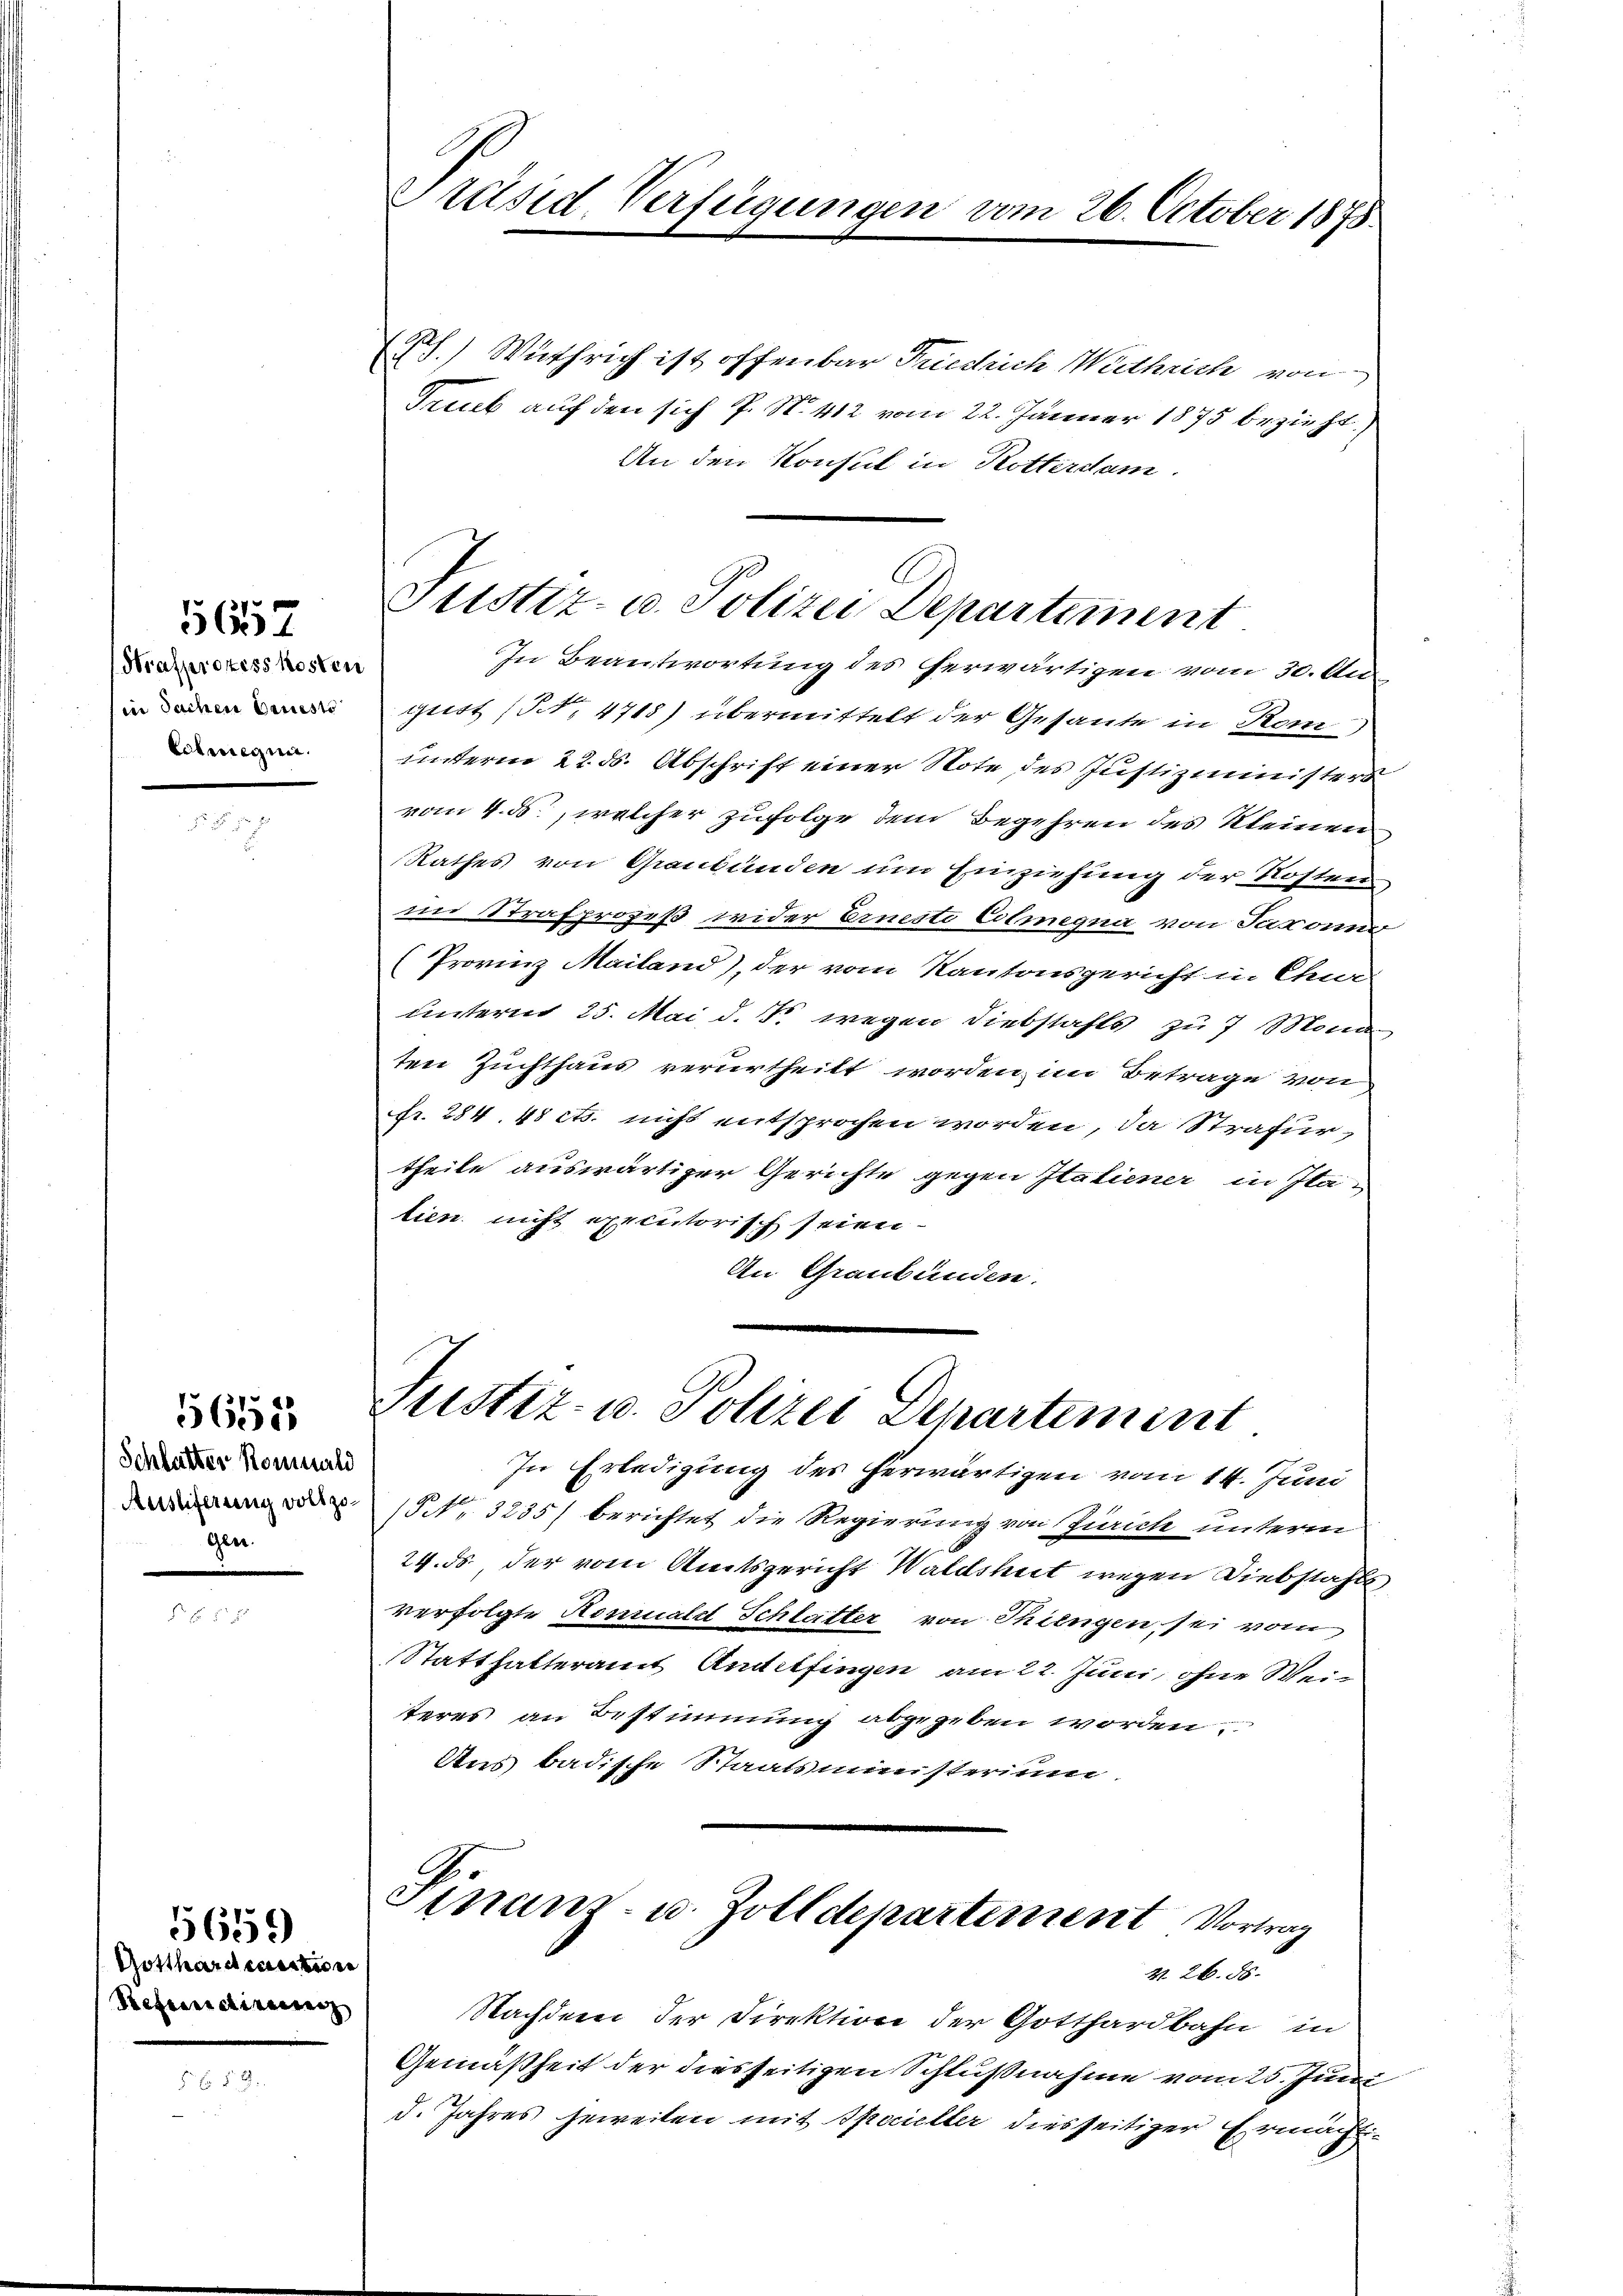
5657

Strafprozess kosten
(in Sachen Baueste
Ehmegen.

Schlutter Koniald
gen.

5651

Gotthard entwer
Refereichineinanz

5659

In Beantwortung des erwärtigen vom 30. Aug
gust (NNN. 471) übermittelt der Gesante in Kom
unterm 22. ds. Abschrift einer Note des Justizministers
vom 4. ds., welcher zufolge dem Begehren des Kleinen
Rathes von Graubünden um Einziehung der Kosten
nm Strafprozeß wider Erneste Colmegna von Taxonne
(Provinz Mailand), der vom Kantonsgericht in Chur
unterm 25. Mai d. 1 wegen Diebstahls zu 7 ona
ten Zuchthaus verurtheilt worden im Betrage von
Fr. 284. 48 cts. nicht entsprochen worden, da Strafurtheile auswärtiger Gerichte gegen Italiener in Itatien nicht executorisch seien.
An Graubünden.

Präsid Verfügungen vom 26. October 1875.

) Wuthrich ist offenbar Friedrich Wathrich von
Treub auf den sich P. No. 412 vom 22. Jänner 1875 bezieht.
An den Konsul in Rotterdam.

Justiz- u. Polizei Departement

Justiz- u. Polizei Departement
In Erledigung des herwärtigen vom 14. Juni

NNo. 3235/ berichtet die Regierung von Zürich unterm
24. ds., der vom Amtsgericht Waldshut wegen Diebstahls
verfolgte Honiald Schlatter von Thiengen, sei vom
Statthalteramt Andelfingen am 22. Juni, ohne Weiteres an Bestimmung abgegeben worden.
Aus badische Staatsministerium

Finand- u. Zolldepartement Vortrag
226. 88.

Nachdem der Direktion der Gotthardbahn in
Gemäßheit der diesseitigen Schlußnahme vom 25. Juni
d. Jahres jeweilen mit Specieller diesseitiger Ermächt¬